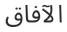
الآفاق